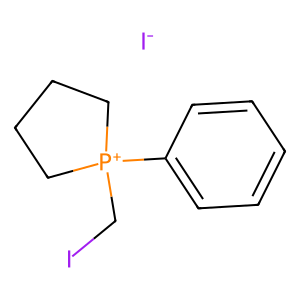
SMILES: IC[P+]1(c2ccccc2)CCCC1.[I-]
Inhibits HIV replication: No